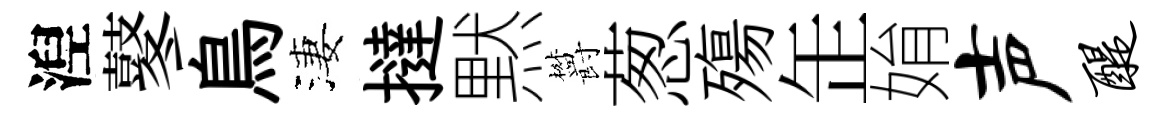
湼鼕鳥淒撻黙欝葱殤𦈢姢声醍